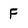
Character: F